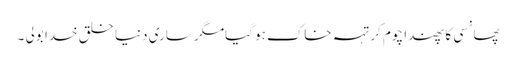
پھانسی کا پھندا چوم کر تہہ خاک ہو گیامگر ساری دنیا خلق خدا بولی ۔